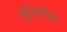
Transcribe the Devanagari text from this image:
होयगेल